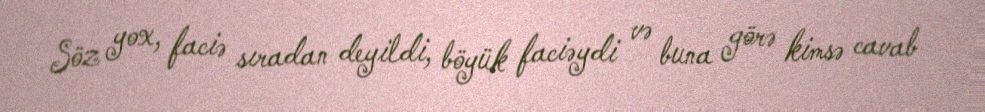
Söz yox, faciə sıradan deyildi, böyük faciəydi və buna görə kimsə cavab